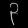
Digit: ၃